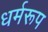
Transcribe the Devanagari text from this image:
धर्मरूप